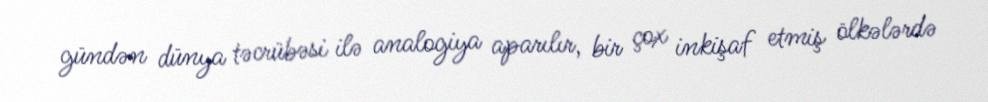
gündən dünya təcrübəsi ilə analogiya aparılır, bir çox inkişaf etmiş ölkələrdə